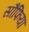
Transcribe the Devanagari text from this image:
सौंफिया